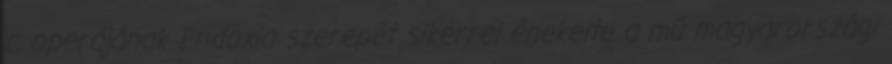
c. operájának Endoxia szerepét sikerrel énekelte a mű magyarországi